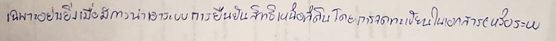
เฉพาะอย่างยิ่งเมื่อมีการนำเอาระบบการยืนยันสิทธิเหนือที่ดินโดยการจดทะเบียนในเอกสาร(หรือระบบ